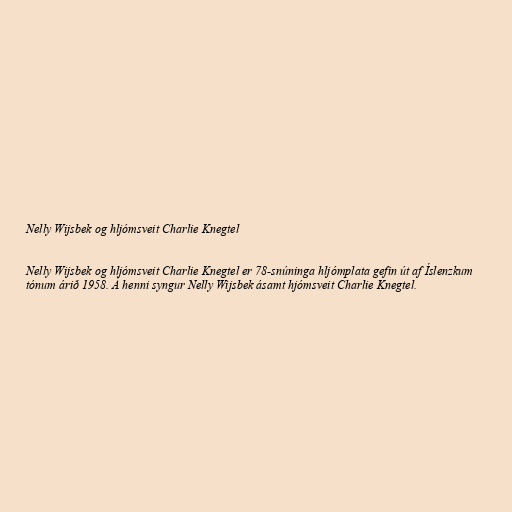
Nelly Wijsbek og hljómsveit Charlie Knegtel

Nelly Wijsbek og hljómsveit Charlie Knegtel er 78-snúninga hljómplata gefin út af Íslenzkum
tónum árið 1958. Á henni syngur Nelly Wijsbek ásamt hjómsveit Charlie Knegtel.